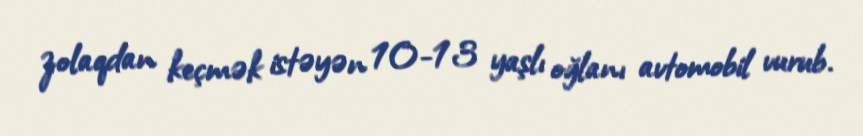
zolaqdan keçmək istəyən 10-13 yaşlı oğlanı avtomobil vurub.